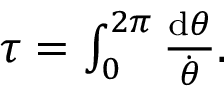
\begin{array} { r } { \tau = \int _ { 0 } ^ { 2 \pi } \frac { \mathrm { d } \theta } { \dot { \theta } } . } \end{array}